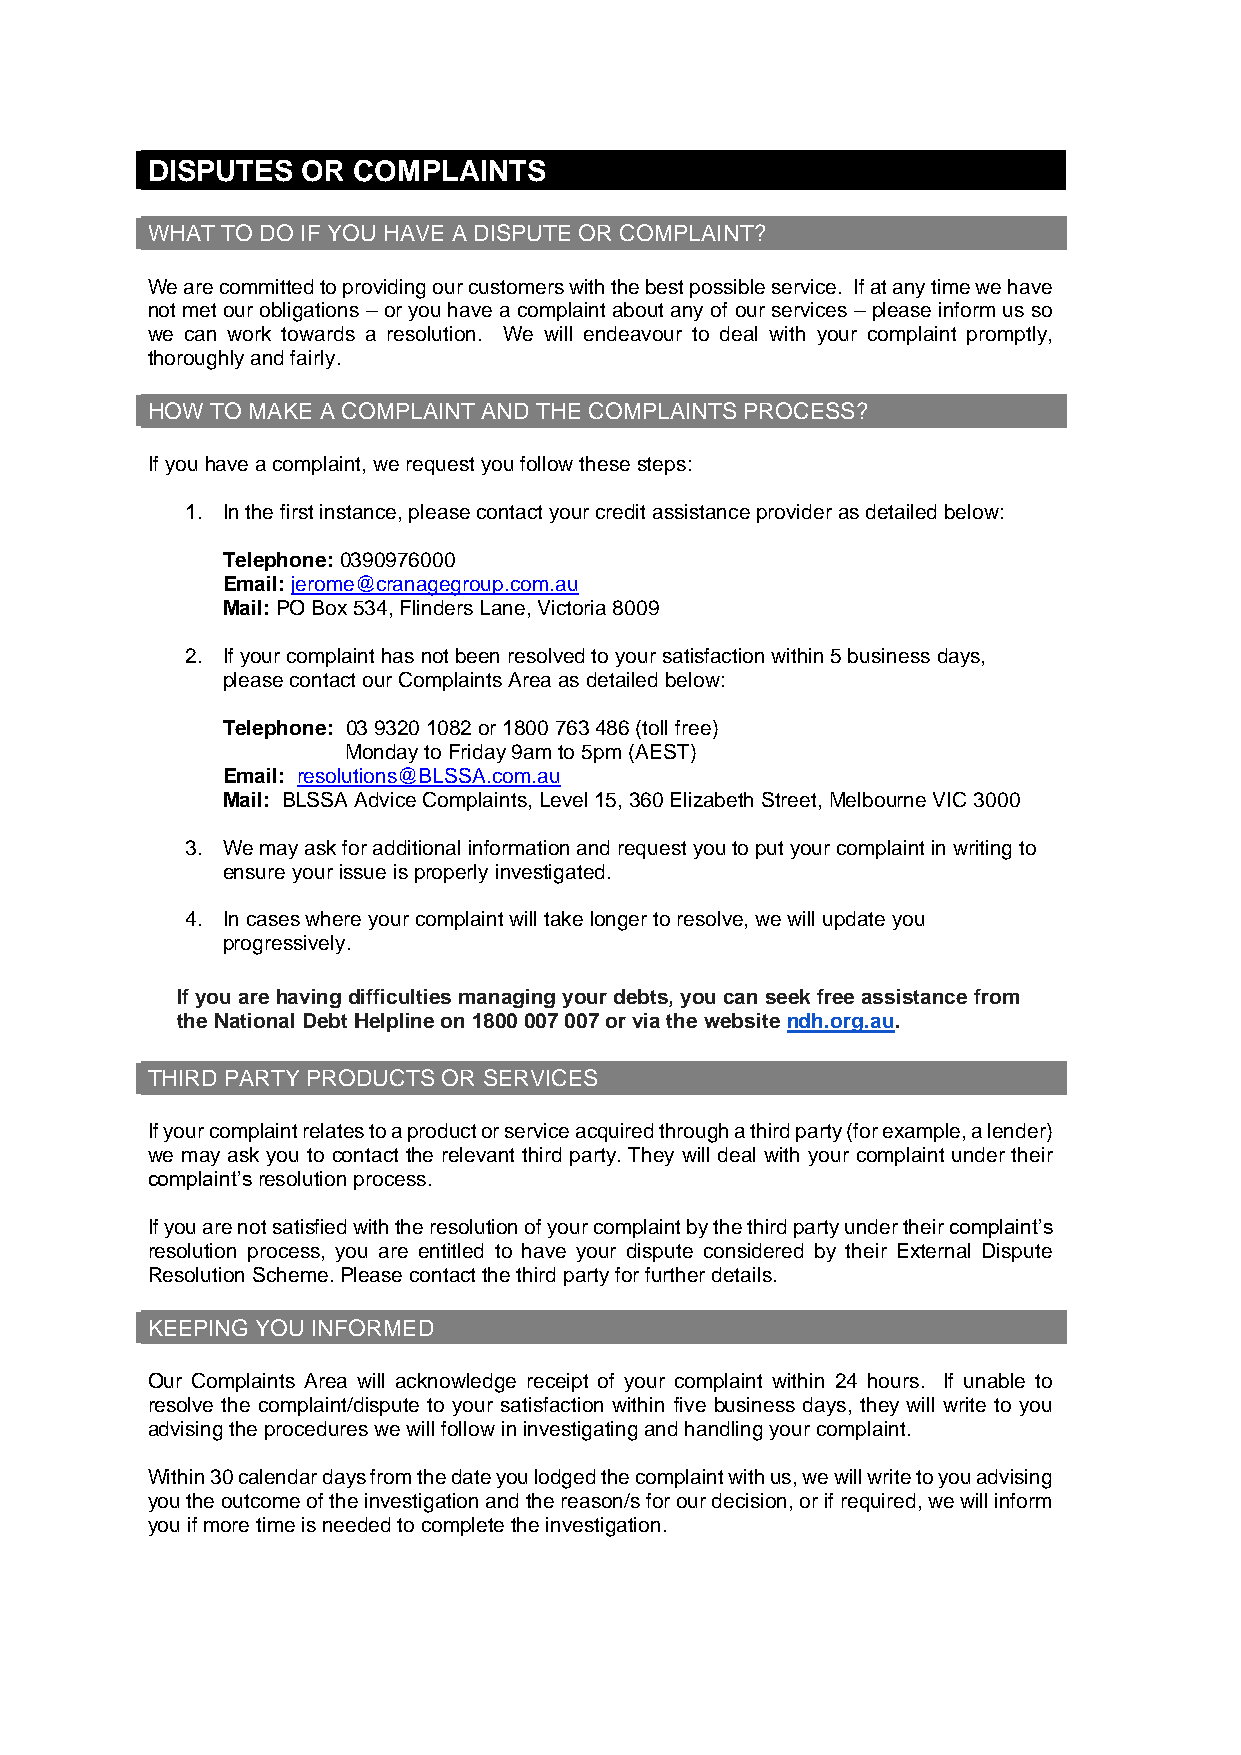
DISPUTES  OR COMPLAINTS
 WHAT TO DO IF YOU HAVE A DISPUTE OR COMPLAINT?
 We are committed to providing our customers with the best possible service. If at any time we have
 not met our obligations – or you have a complaint about any of our services – please inform us so
 we can work towards a resolution. We will endeavour to deal with your complaint promptly,
 thoroughly and fairly.
 HOW TO MAKE A COMPLAINT AND THE COMPLAINTS PROCESS?
 If you have a complaint, we request you follow these steps:
 1. In the first instance, please contact your credit assistance provider as detailed below:
 Telephone: 0390976000
 Email: jerome@cranagegroup.com.au
 Mail: PO Box 534, Flinders Lane, Victoria 8009
 2. If your complaint has not been resolved to your satisfaction within 5 business days,
 please contact our Complaints Area as detailed below:
 Telephone: 03 9320 1082 or 1800 763 486 (toll free)
 Monday to Friday 9am to 5pm (AEST)
 Email: resolutions@BLSSA.com.au
 Mail: BLSSA Advice Complaints, Level 15, 360 Elizabeth Street, Melbourne VIC 3000
 3. We may ask for additional information and request you to put your complaint in writing to
 ensure your issue is properly investigated.
 4. In cases where your complaint will take longer to resolve, we will update you
 progressively.
 If you are having difficulties managing your debts, you can seek free assistance from
 the National Debt Helpline on 1800 007 007 or via the website ndh.org.au.
 THIRD PARTY PRODUCTS OR SERVICES
 If your complaint relates to a product or service acquired through a third party (for example, a lender)
 we may ask you to contact the relevant third party. They will deal with your complaint under their
 complaint’s resolution process.
 If you are not satisfied with the resolution of your complaint by the third party under their complaint’s
 resolution process, you are entitled to have your dispute considered by their External Dispute
 Resolution Scheme. Please contact the third party for further details.
 KEEPING YOU INFORMED
 Our Complaints Area will acknowledge receipt of your complaint within 24 hours. If unable to
 resolve the complaint/dispute to your satisfaction within five business days, they will write to you
 advising the procedures we will follow in investigating and handling your complaint.
 Within 30 calendar days from the date you lodged the complaint with us, we will write to you advising
 you the outcome of the investigation and the reason/s for our decision, or if required, we will inform
 you if more time is needed to complete the investigation.